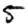
Digit: 5